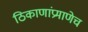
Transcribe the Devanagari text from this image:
ठिकाणांप्रमाणेच